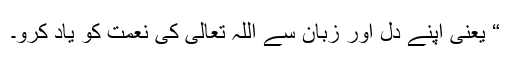
“ یعنی اپنے دل اور زبان سے اللہ تعالیٰ کی نعمت کو یاد کرو۔